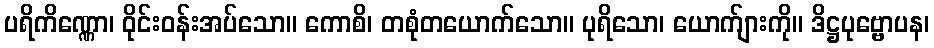
ပရိကိဏ္ဏော၊ ဝိုင်းဝန်းအပ်သော။ ကောစိ၊ တစုံတယောက်သော။ ပုရိသော၊ ယောက်ျားကို။ ဒိဋ္ဌပုဗ္ဗောပန၊